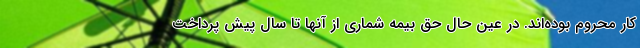
کار محروم بوده‌اند. در عین حال حق بیمه شماری از آنها تا سال پیش پرداخت